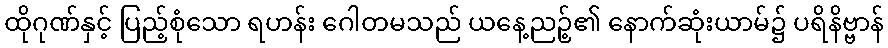
ထိုဂုဏ်နှင့် ပြည့်စုံသော ရဟန်း ဂေါတမသည် ယနေ့ညဉ့်၏ နောက်ဆုံးယာမ်၌ ပရိနိဗ္ဗာန်